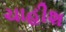
ચાહીશ